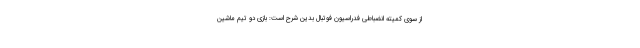
از سوی کمیته انضباطی فدراسیون فوتبال بدین شرح است: بازی دو تیم ماشین